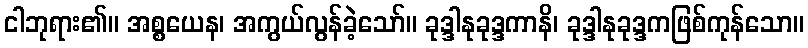
ငါဘုရား၏။ အစ္စယေန၊ အကွယ်လွန်ခဲ့သော်။ ခုဒ္ဒါနုခုဒ္ဒကာနိ၊ ခုဒ္ဒါနုခုဒ္ဒကဖြစ်ကုန်သော။